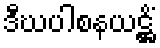
ဒီဃပါစနယဋ္ဌိံ